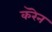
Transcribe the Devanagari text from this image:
करॆन